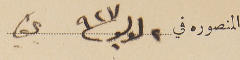
المنصوره في ٢ لوليو ٩٢٧ بكفيا